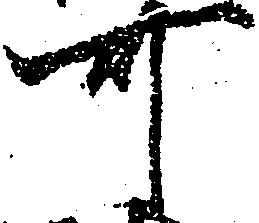
可